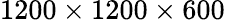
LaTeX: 1200\times 1200\times 600